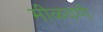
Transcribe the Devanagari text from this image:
मीळवणे